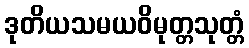
ဒုတိယသမယဝိမုတ္တသုတ္တံ